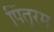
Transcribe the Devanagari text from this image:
पिंतुरम